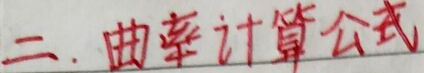
二. 曲率计算公式